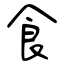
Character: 食